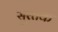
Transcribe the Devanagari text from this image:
सूरतक